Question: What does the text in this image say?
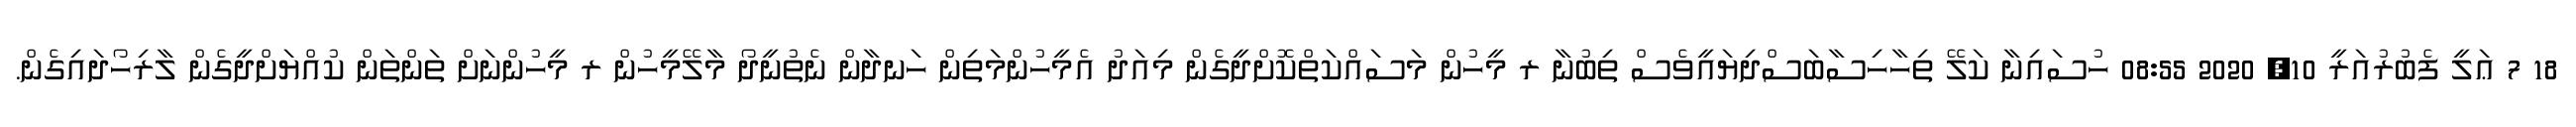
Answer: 18 7 ޢަލީ ފެބުރުއަރީ 10, 2020 08:55 ހުސައިނާ ކަލޭ ތިހާހިސާބަސްދިޔައީވެސް ތިބުނާ ރ މީހުން މަސައްކަތްކޮށްދީގެން މިއަދު އެމީހުންމަތިން ހަނދާން ނެތުނީދޯ މާލޭމީހުން ރ މީހުންނަށް ތަންތަން ކުއްޔަށްދީގެން ލާރިހޯދައިގެން.